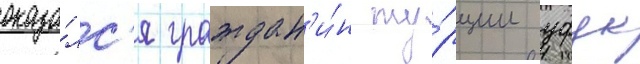
оказа́лс'я граждан'и́н ту́рции уфук